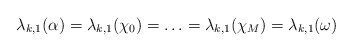
\begin{align*}\lambda_{k,1}(\alpha) = \lambda_{k,1}(\chi_0) = \ldots = \lambda_{k,1}(\chi_M)=\lambda_{k,1}(\omega)\end{align*}